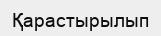
Қарастырылып